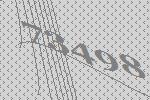
73498